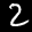
Label: 2